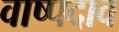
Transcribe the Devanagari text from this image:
वाष्पदाव